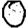
Digit: 0